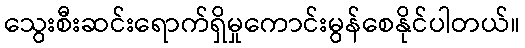
သွေးစီးဆင်းရောက်ရှိမှုကောင်းမွန်စေနိုင်ပါတယ်။